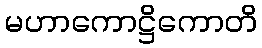
မဟာကောဋ္ဌိကောတိ